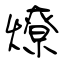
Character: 燎